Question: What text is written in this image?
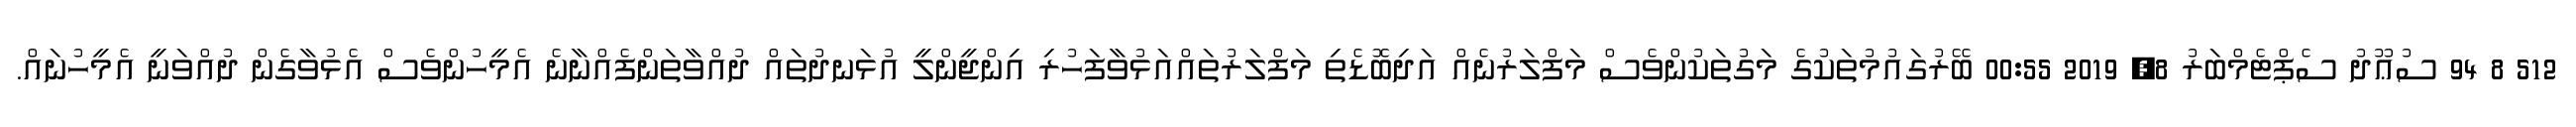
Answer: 512 8 94 ސުޢޫދު ސެޕްޓެމްބަރު 8, 2019 00:55 ބޭރުގައުމުތަކުގެ މަގުތަކުންވެސް މަފްލަރުނެއް އަދިބޮޑެތި މަފްލަރުތައްއަޅުވާފަހުރި އިންޖީންލީ އުޅަނދުތައް ދުއްވާތަންފެއްނާނެ އެމީހުންވެސް އެޅުވާގެން ދުއްވަނީ އެމީހުނައް.